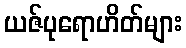
ယဇ်ပုရောဟိတ်များ